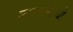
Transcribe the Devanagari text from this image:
कथकलीची